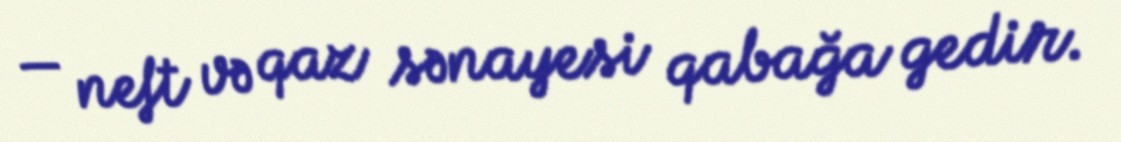
— neft və qaz sənayesi qabağa gedir.